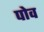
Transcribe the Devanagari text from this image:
पोव